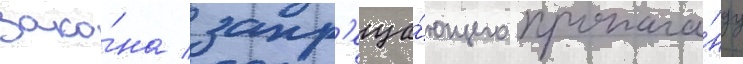
зако́на / запр'еща́ющего пропага́нду